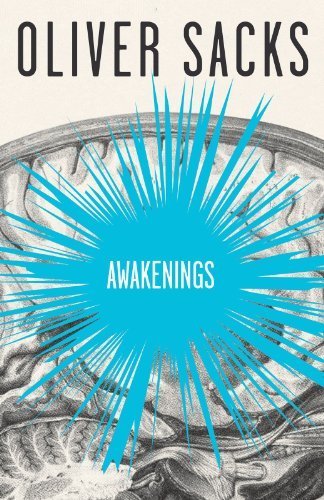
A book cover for Awakenings; Oliver Sacks; Engineering & Transportation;